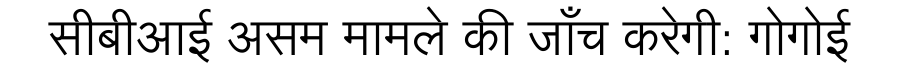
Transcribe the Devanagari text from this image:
सीबीआई असम मामले की जाँच करेगी: गोगोई